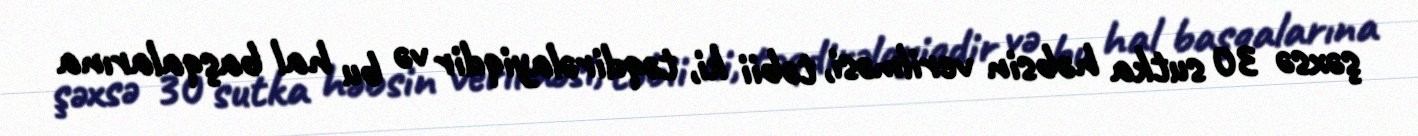
şəxsə 30 sutka həbsin verilməsi, təbii ki, təqdirəlayiqdir və bu hal başqalarına